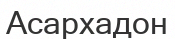
Асархадон